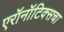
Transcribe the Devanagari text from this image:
एरॉनॉटिक्सचा